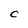
Character: C